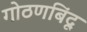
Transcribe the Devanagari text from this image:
गोठणबिंदू